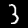
Label: 3